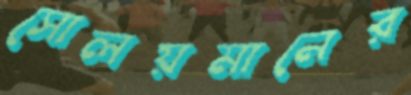
সোলয়মানের